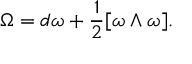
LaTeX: \Omega = d \omega + { \frac { 1 } { 2 } } [ \omega \wedge \omega ] .